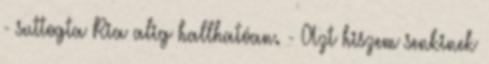
- suttogta Ria alig hallhatóan. - Azt hiszem senkinek